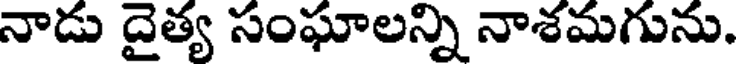
నాడు దైత్య సంఘాలన్ని నాశమగును.